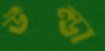
উল্ডা